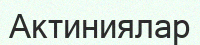
Актиниялар